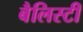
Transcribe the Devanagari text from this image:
बैलिस्टी